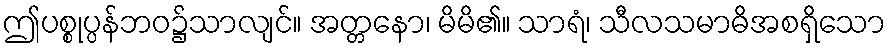
ဤပစ္စုပ္ပန်ဘဝ၌သာလျင်။ အတ္တနော၊ မိမိ၏။ သာရံ၊ သီလသမာဓိအစရှိသော